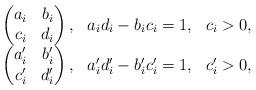
LaTeX: \begin{align*}\begin{array}{lll}\begin{pmatrix}a_i&b_i\\c_i&d_i\end{pmatrix},&a_i d_i-b_i c_i=1,&c_i>0,\\\begin{pmatrix}a'_i&b'_i\\c'_i&d'_i\end{pmatrix},&a'_i d'_i-b'_i c'_i=1,&c'_i>0,\end{array}\end{align*}